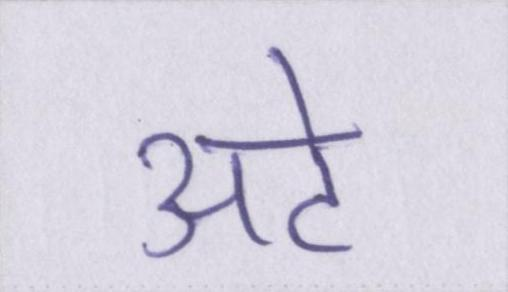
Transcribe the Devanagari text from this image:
अटे